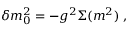
\delta m _ { 0 } ^ { 2 } = - g ^ { 2 } \Sigma ( m ^ { 2 } ) \ ,